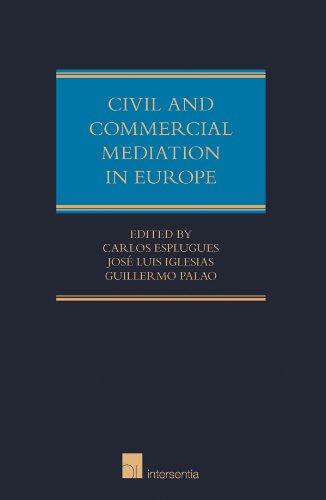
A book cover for Civil and Commercial Mediation in Europe: National Mediation Rules and Procedures, Volume I; Law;